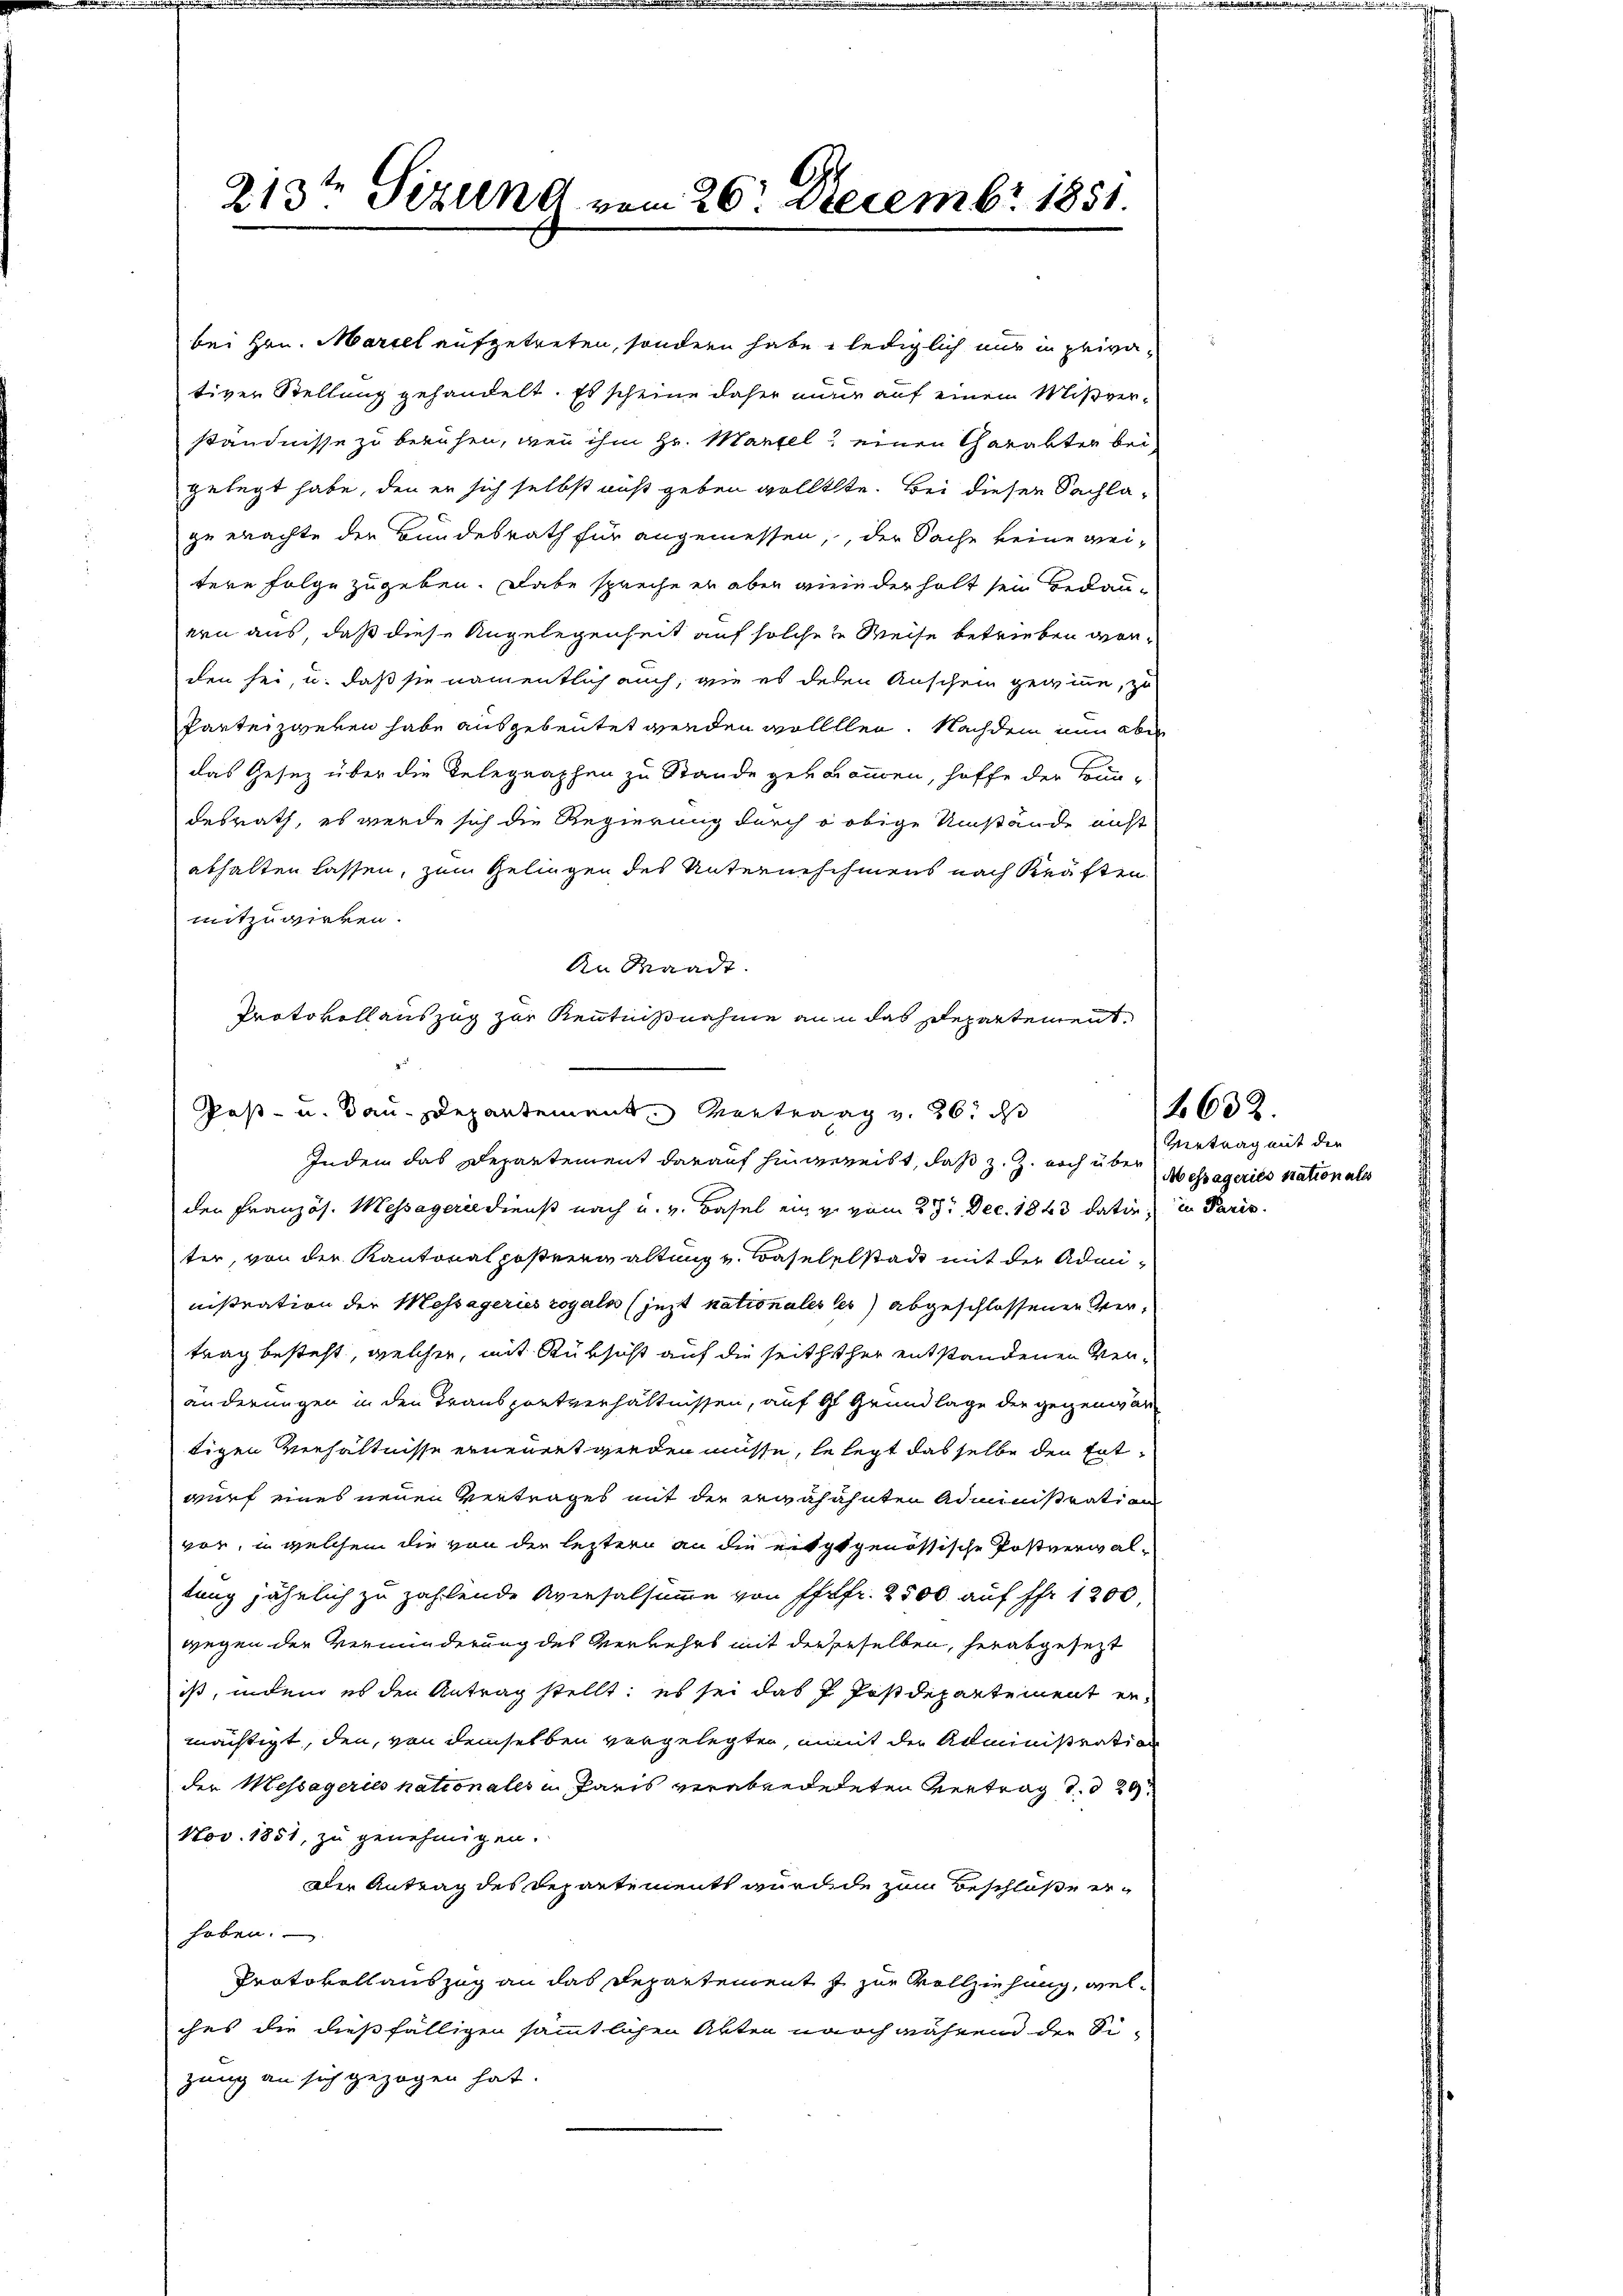
213ten Sizung vom 26. Decembr 1851.

bei Hrn. Mariel aufgetreten, sondern habe, lediglich nur in privativer Stellung gehandelt. Es scheine daher nur auf einem Mißverständnisse zu beruhen, wenn ihm Hr. Marzel, einen Charakter bei,
gelegt habe, den er sich selbst auß geben wolltete. Bei dieser Sachlazu erachte der Bundesrath für angemessen, der Sache keine weitere Folge zugeben. Dabe spreche er aber wiederholt sein bedauken aus, daß diese Angelegenheit auf solche zu Weise betrieben vonden sei, u. daß sie namentlich auch, wie es deßen Anschein gewinne, zu
Parteizweren habe ausgebeutet werden wollten. Nachdem nun aber
das Gesez über die Relegraphen zu Stande gekommen, hoffe der Bun-
desrath, es werde sich die Regierung durch obige Umstände nicht
abhalten lassen, zum Gelingen des Unterneschmens nach Kräften
mitzuwirken.
Indem das Departement darauf hingereist, daß z. Z. noch über
den Französ. Messagerie dienst nach u. v. Basel ein zu vom 27. Dec. 1843 datin, in Paris
ter, von der Kantonalpostverwaltung v. Baselelstadt mit der Administration der Messageries royaln (jezt nationales les abgeschlossenen Vertrag besteht, welcher, mit Rüksicht auf die seithsher entstandenen Veränderungen in den Transportverhältnissen, auf Gl Grundlage der gegenwär
tigen Verhältnisse ernennet werden müsse, le legt das selbe den Entwurf eines neuen Vertrages mit der erwahähnten Administration
vor, in welchem die von der leztern an die eitztgenössische Postverwaltung jährlich zu zahlende Aversalsumme von Pfefr. 2500 auf Fr. 1200.
wegen der Verminderung des Verkehrs mit derserselben, herabgesezt
ist, indem es den Antrag stellt; es sei das P. Postdepartement ermächtigt, den, von demselben vorgelegten, mit der Administration
der Messageries nationales in Paris verabredeteten Vertrag d. d. 29
Nov. 1851, zu genehmigen.
oder Antrag des Departements wurde zum Beschloße erheben.
Protokoll auszug an das Departement s zur Vollziehung, welches die dießfälligen sämmtlichen Akten nach während der Sigung an sich gezogen hat.

An Waadt.
Protokoll auszug zur Kenntnißnahme ann das Departement,
Post- u. Bau-Departement entrag v. 26. ds

Vertrag mit der
A essageries nationales

2632.